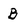
Character: B